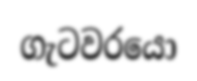
ගැටවරයො